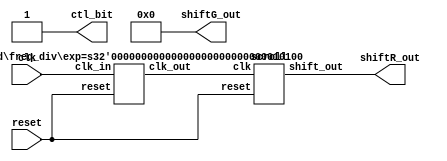
//2
module LAB_01 (clk, reset, shiftR_out, shiftG_out, ctl_bit);
input 	clk;	 	 // pin W16(10MHz)
input 	reset;	   	 // pin C16
output	[7:0]shiftR_out; 
// pin D7, D6, A9, C9, A8, C8, C11, B11
output	[7:0]shiftG_out; 
// pin A10 ,B10 ,A13 ,A12 ,B12 ,D12 ,A15 ,A14
assign shiftG_out =0;
output 	ctl_bit; 	 // pin T22
assign 	ctl_bit= 1'b1;
wire	clk_work;
freq_div	#(20) M1 (clk, reset, clk_work); 
scroll M2 (clk_work, reset, shiftR_out);
endmodule

module freq_div(clk_in, reset, clk_out);
parameter exp = 20;   
input clk_in, reset;
output clk_out;
reg[exp-1:0] divider;
integer i;
assign clk_out= divider[exp-1];
always@ (posedge clk_in or posedge reset)	//
begin
if(reset)
for(i=0; i < exp; i=i+1)
divider[i] = 1'b0;
else
divider = divider+ 1'b1;
end
endmodule

module scroll (clk, reset, shift_out);
input 	clk, reset;
output	[7:0]shift_out;
reg		[7:0]shift_out;
always@ (posedge clk or posedge reset)
begin
if(reset)
shift_out= 8'b1100_0000;
else
shift_out= {shift_out[0], shift_out[7:1]};
end
endmodule